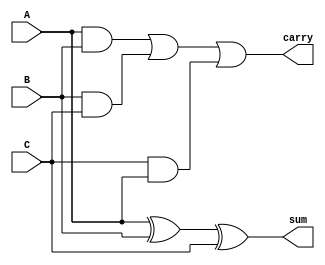
module carry_save_adder (
    input [N-1:0] A,  // First operand
    input [N-1:0] B,  // Second operand
    input [N-1:0] C,  // Third operand
    output [N-1:0] sum,  // Partial sum output
    output [N-1:0] carry  // Carry output
);
    parameter N = 8;  // Bit-width of operands

    // Compute partial sum and carry
    assign sum = A ^ B ^ C;  // XOR for partial sum
    assign carry = (A & B) | (B & C) | (C & A);  // OR of ANDs for carry
endmodule